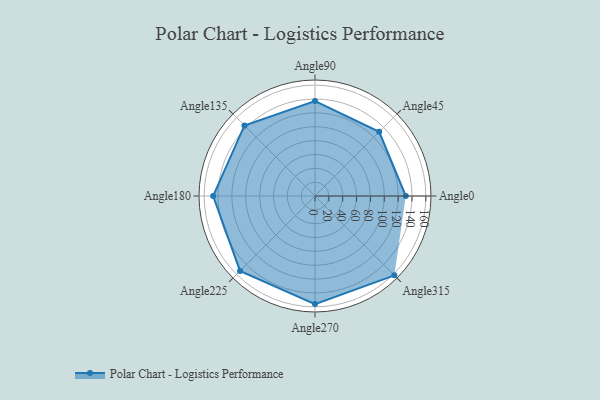
{"axis": {"x": "Angle", "y": "Radius"}, "legend": [""], "data": [{"x": "Angle0", "y": 131.0, "type": ""}, {"x": "Angle45", "y": 131.0, "type": ""}, {"x": "Angle90", "y": 137.0, "type": ""}, {"x": "Angle135", "y": 144.0, "type": ""}, {"x": "Angle180", "y": 147.0, "type": ""}, {"x": "Angle225", "y": 153.0, "type": ""}, {"x": "Angle270", "y": 156.0, "type": ""}, {"x": "Angle315", "y": 162.0, "type": ""}]}